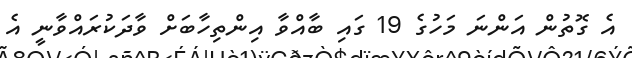
އެ ގޮތުން އަންނަ މަހުގެ 19 ގައި ބާއްވާ އިންތިހާބަށް ވާދަކުރައްވާނީ އެ